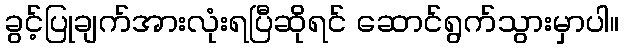
ခွင့်ပြုချက်အားလုံးရပြီဆိုရင် ဆောင်ရွက်သွားမှာပါ။